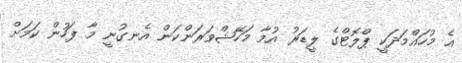
އެ މުހައްމަދަކީ ޕްލޮޓްގެ ލީޑަރު އުމާ މަހޭޝްވަރަންކަން އެނގުނީ މާ ފަހުން ކަމަށް